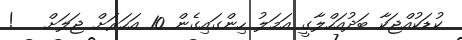
ކުޑަކުއްޖަކާ ބަދުއަހްލާގީ އަމަލު ހިންގައިގެން 10 އަހަރަށް ޖަލަށް   !